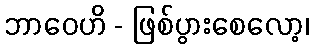
ဘာဝေဟိ - ဖြစ်ပွားစေလော့၊